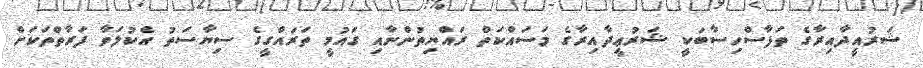
ޝަރުއީދާއިރާގެ ތަފާސްހިސާބަކީ ޝަރުޢީދާއިރާގެ މަސައްކަތް ރައްޔިތުންނާއި ގައުމީ ތަރައްގީގެ ސިޔާސަތު އެކުލަވާ ފަރާތްތަކަށް